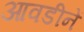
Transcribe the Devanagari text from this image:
आवडीनें